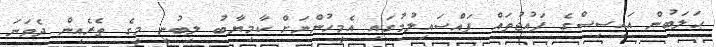
ޙަލަބުން އައިސިސްގެ ފައުޖުތައް ފައްސައިލުމުގައި އެމީހުންނަށް ކާމިޔާބު ލިބުނީ މީގެ ތެރެއިން ދެވަނަ